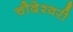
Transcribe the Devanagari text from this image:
चौदेश्वरी